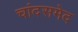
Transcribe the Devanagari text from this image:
चांदसमेद